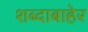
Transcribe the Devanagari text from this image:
शब्दाबाहेर